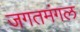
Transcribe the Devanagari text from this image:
जगतमंगल